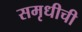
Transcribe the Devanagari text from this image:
समृधीची